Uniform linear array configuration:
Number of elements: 16
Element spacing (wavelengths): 0.5
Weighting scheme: uniform
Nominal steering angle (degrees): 0
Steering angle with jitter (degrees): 1.853
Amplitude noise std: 0.05
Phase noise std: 0.05

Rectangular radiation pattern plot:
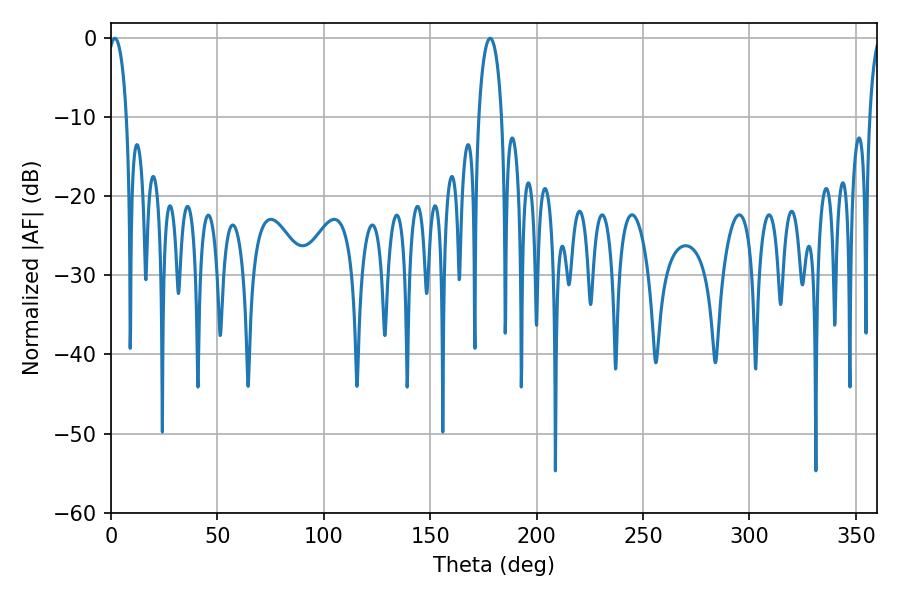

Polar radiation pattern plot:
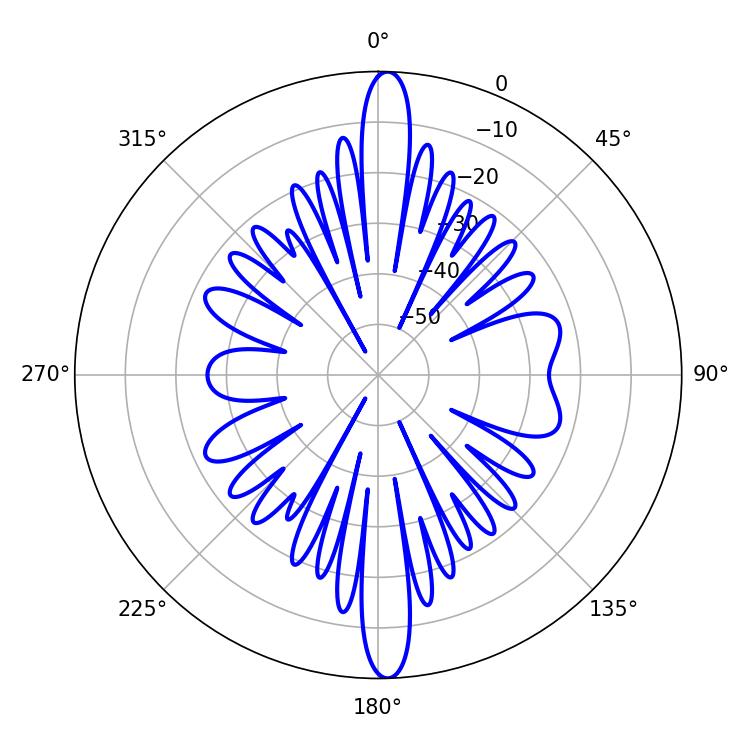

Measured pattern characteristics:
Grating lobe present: FALSE
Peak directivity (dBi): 23.782
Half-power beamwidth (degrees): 4.86
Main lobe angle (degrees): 1.8